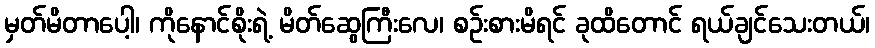
မှတ်မိတာပေါ့၊ ကိုနောင်စိုးရဲ့ မိတ်ဆွေကြီးလေ၊ စဉ်းစားမိရင် ခုထိတောင် ရယ်ချင်သေးတယ်၊